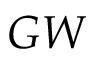
G W